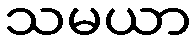
သမယာ